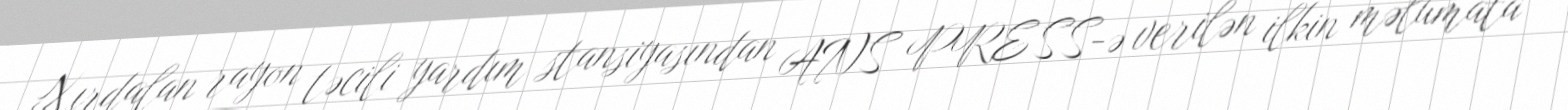
Xırdalan rayon təcili yardım stansiyasından ANS PRESS-ə verilən ilkin məlumata